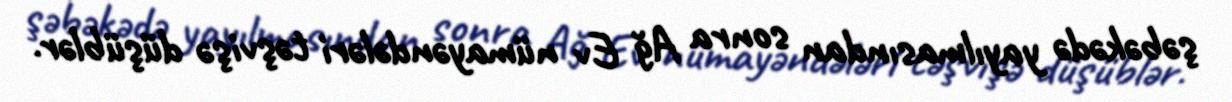
şəbəkədə yayılmasından sonra Ağ Ev nümayəndələri təşvişə düşüblər.